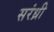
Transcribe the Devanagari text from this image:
सरंध्री